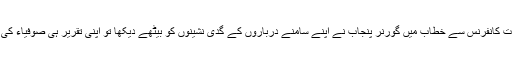
ایم ڈبلیو ایم کی وحدت کانفرنس سے خطاب میں گورنر پنجاب نے اپنے سامنے درباروں کے گدی نشینوں کو بیٹھے دیکھا تو اپنی تقریر ہی صوفیاء کی خدمات پر کر ڈالی۔